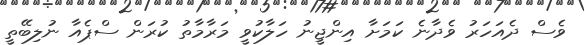
ވެސް ދެއަހަރު ވެދާނެ ކަމަށާ އިންޖީނު ހަލާކުވީ މަރާމާތު ކުރަން ސްޕެއާ ނުލިބޭތީ